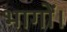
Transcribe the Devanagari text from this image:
भागों।